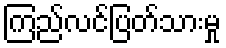
ကြည်လင်ပြတ်သားမှု